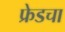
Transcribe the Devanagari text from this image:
फ्रेडचा